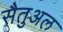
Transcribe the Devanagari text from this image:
सैतुअल